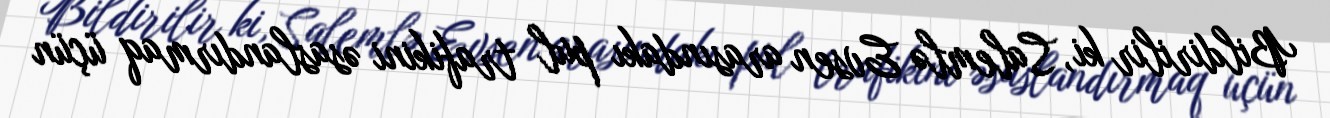
Bildirilir ki, Salemlə Evsen arasındakı pul trafikini əsaslandırmaq üçün